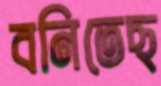
বনিতেছ